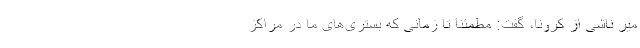
میر ناشی از کرونا، گفت: مطمئنا تا زمانی که بستری‌های ما در مراکز